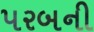
પરબની